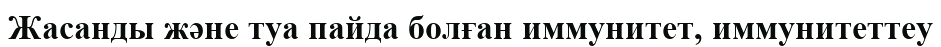
Жасанды және туа пайда болған иммунитет, иммунитеттеу